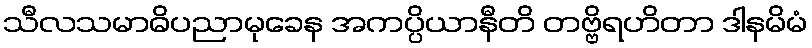
သီလသမာဓိပညာမုခေန အကပ္ပိယာနီတိ တဗ္ဗိရဟိတာ ဒါနမိမံ